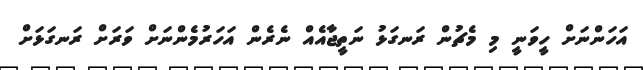
އަހަންނަށް ހީވަނީ މި މެޗުން ރަނގަޅު ނަތީޖާއެއް ނެރެން އަހަރުމެންނަށް ވަރަށް ރަނގަޅަށް